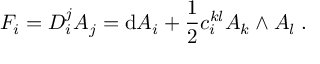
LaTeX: F _ { i } = D _ { i } ^ { j } A _ { j } = \mathrm { d } A _ { i } + \frac { 1 } { 2 } c _ { i } ^ { k l } A _ { k } \wedge A _ { l } \; .